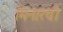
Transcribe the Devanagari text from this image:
मिनारची